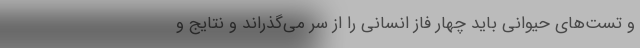
و تست‌های حیوانی باید چهار فاز انسانی را از سر می‌گذراند و نتایج و